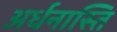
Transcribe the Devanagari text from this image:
अर्धनास्ति